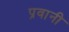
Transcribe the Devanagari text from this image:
प्रवानी